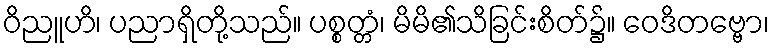
ဝိညူဟိ၊ ပညာရှိတို့သည်။ ပစ္စတ္တံ၊ မိမိ၏သိခြင်းစိတ်၌။ ဝေဒိတဗ္ဗော၊